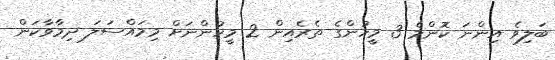
ބަލިވެ އިންނަ ކޮންމެ 3 މީހުންގެ ތެރެއިން 2 މީހުންނަށް މިމައްސަލަ ދިމާވާކަން